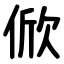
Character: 俽